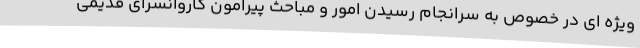
ویژه ای در خصوص به سرانجام رسیدن امور و مباحث پیرامون کاروانسرای قدیمی